King Institute of Preventive Medicine Bacteriolog. Section reports 1907-08
Year: 1907
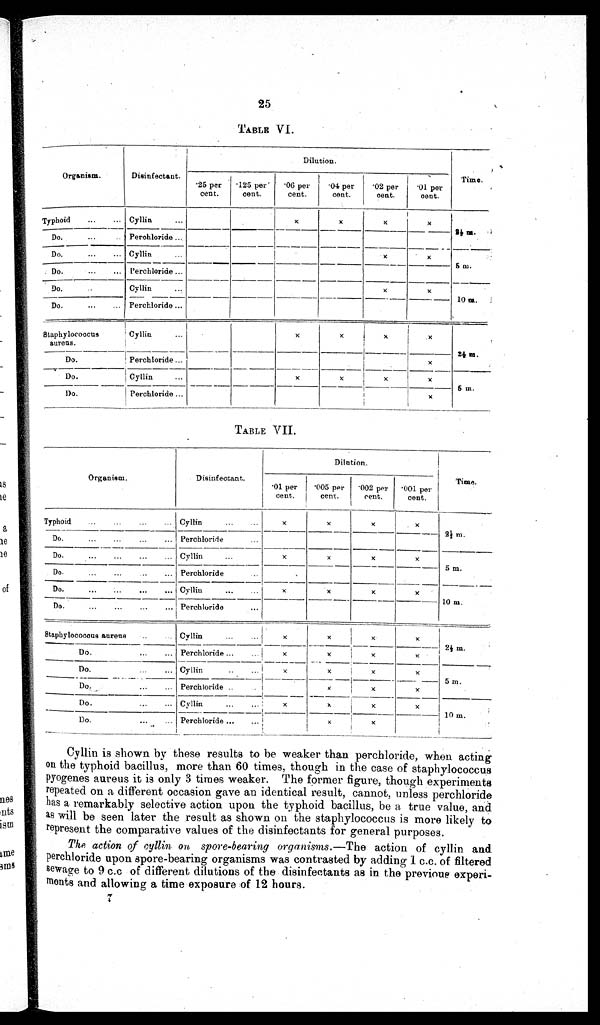
25
TABLE VI.
Organism.
Disinfectant.
Dilution.
Time.
.25 per
cent.
.125 per
cent.
.06 per
cent.
.04 per
cent.
.02 per
cent.
.01 per
cent.
Typhoid
... Cyllin
...
x
x
x
x
2½ m.
Do.
...
.. Perchloride ...
Do.
...
... Cyllin
x
x
5 m.
Do.
...
...
Perchloride ...
Do.
...
...
Cyllin
...
x
x
10 m.
Do.
...
... Perchloride ...
Staphylococcus
aureus.
Cyllin...
x
x
x
x
2½ m.
Do.
Perchloride ...
x
Do.
Cyllin
x
x
x
x
5 m.
Do.
Perchloride ...
x
TABLE VII.
Organism.
Disinfectant.
Dilution.
Tim
e.
.01 pe
r
cent.
.005 per
cent.
.002 per
cent.
. 0 0 1 p e r
cent.
Typhoid
...
...
...
... Cyllin
...
...
x
x
x
x
2½ m.
Do.
...
...
... Perchloride
...
Do.
...
...
...
... Cyllin
...
x x
x
x
5 m.
Do.
...
...
... Perchloride
Do.
. . .
Cyllin
...
...
x
x
x
x
10 m.
Do.
...
...
...
... Perchloride
...
Staphylococous aureus
..
Cyllin
x
x
x
x
2½ m.
Do.
...
.. Perchloride ...
...
x
x
x
x
Do.
...
... Cyllin
. . .
x
x
x
x
5m.
Do.
...
... Perchloride..
x
x
x
Do.
...
... Cyllin
x
x
x
x
10 m.
Do.
. . .
Perchloride ...
...
x
x
Cyllin is shown by these results to be weaker than perchloride, when acting
on the typhoid bacillus, more than 60 times, though in the case of staphylococcus
pyogenes aureus it is only 3 times weaker. The former figure, though experiments
repeated on a different occasion gave an identical result, cannot, unless perchloride
has a remarkably selective action upon the typhoid bacillus, be a true value, and
as will be seen later the result as shown on the staphylococcus is more likely to
represent the comparative values of the disinfectants for general purposes.
The action of cyllin on spore-bearing organisms.— The action of cyllin and
perchloride upon spore-bearing organisms was contrasted by adding 1 c.c. of filtered
sewage to 9 c.c of different dilutions of the disinfectants as in the previous experi-
ments and allowing a time exposure of 12 hours.
7